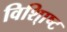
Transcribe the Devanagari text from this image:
विशि्ाष्ट